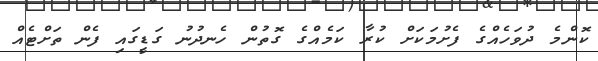
ކޮންމެ ދުވަހެއްގެ ފެށުމަކަށް ކުރާ ކަމެއްގެ ގޮތުން ހެނދުނު ގަޑީގައި ފެން ތަށްޓެއް